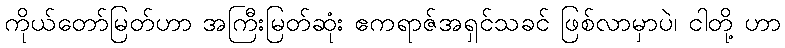
ကိုယ်တော်မြတ်ဟာ အကြီးမြတ်ဆုံး ဧကရာဇ်အရှင်သခင် ဖြစ်လာမှာပဲ၊ ငါတို့ ဟာ